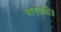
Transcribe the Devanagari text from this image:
भागचली॥